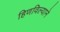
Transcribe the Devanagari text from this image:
हिणविल्याने